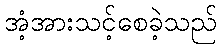
အံ့အားသင့်စေခဲ့သည်